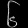
Digit: ၆